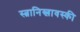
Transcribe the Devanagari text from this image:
स्त्नानिस्लावस्की